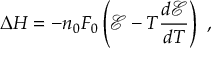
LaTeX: \Delta H = - n _ { 0 } F _ { 0 } \left( { \mathcal { E } } - T { \frac { d { \mathcal { E } } } { d T } } \right) \ ,